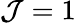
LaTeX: \mathcal{J}=1